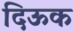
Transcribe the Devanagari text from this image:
दिऊक